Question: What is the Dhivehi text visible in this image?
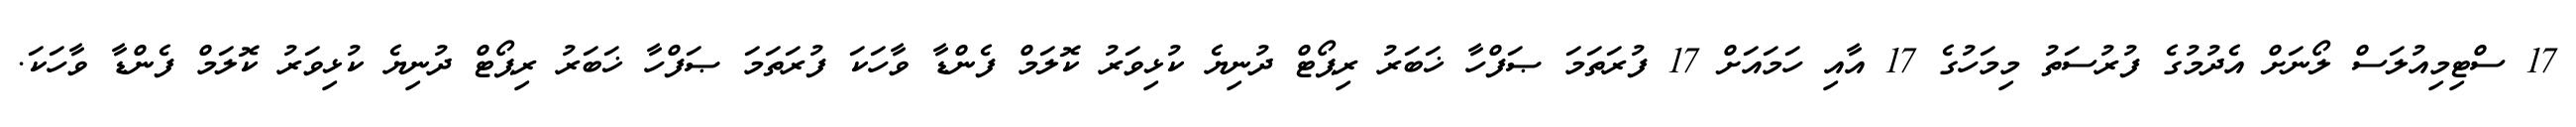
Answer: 17 ސްޓިމިއުލަސް ލޯނަށް އެދުމުގެ ފުރުސަތު މިމަހުގެ 17 އާއި ހަމައަށް 17 ފުރަތަމަ ޞަފްހާ ޚަބަރު ރިޕޯޓް ދުނިޔެ ކުޅިވަރު ކޮލަމް ފެންޑާ ވާހަކަ ފުރަތަމަ ޞަފްހާ ޚަބަރު ރިޕޯޓް ދުނިޔެ ކުޅިވަރު ކޮލަމް ފެންޑާ ވާހަކަ.